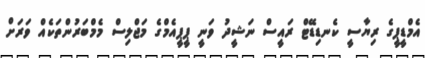
އެމްޑީޕީގެ ރިޔާސީ ކެނޑިޑޭޓް ރައީސް ނަޝީދު ވަނީ ޕީޕީއެމްގެ މަޖްލިސް މެމްބަރުންތަކެއް ވަރަށް